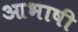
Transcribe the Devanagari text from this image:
आभाषी